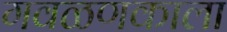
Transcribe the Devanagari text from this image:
गवळणकाला